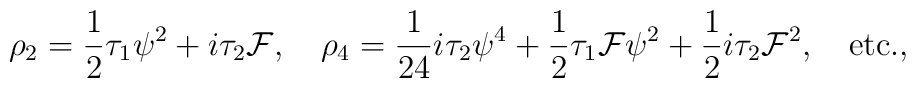
\rho_2 = {1\over 2} \tau_1 \psi^2 + i \tau_2 {\cal F}, \quad \rho_4 = {1 \over 24} i \tau_2\psi^4 + {1 \over 2} \tau_1 {\cal F} \psi^2 + {1 \over 2} i \tau_2 {\cal F}^2, \quad {\rm etc.},